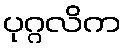
ပုဂ္ဂလိက